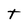
Character: T